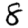
Digit: 8